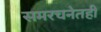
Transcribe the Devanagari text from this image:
समरचनेतही